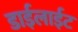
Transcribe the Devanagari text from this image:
डाईलाईट